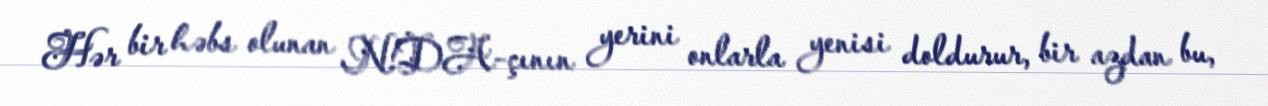
Hər bir həbs olunan N!DA-çının yerini onlarla yenisi doldurur, bir azdan bu,